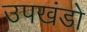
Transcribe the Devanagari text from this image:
उपखंडो